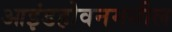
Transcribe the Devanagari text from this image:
आइंडहोवनमधील